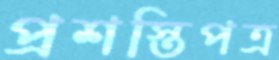
প্রশস্তিপত্র